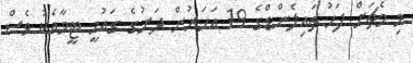
މި މެޗަށް ފަހު ތައިލެންޑްގެ 19 އަހަރުން ދަށުގެ ގައުމީ ޓީމާއެކު ވެސް